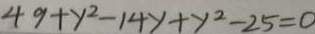
4 9 + y ^ { 2 } - 1 4 y + y ^ { 2 } - 2 5 = 0